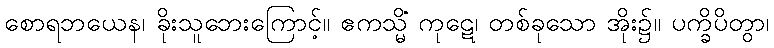
စောရဘယေန၊ ခိုးသူဘေးကြောင့်။ ဧကသ္မိံ ကုဋေ၊ တစ်ခုသော အိုး၌။ ပက္ခိပိတွာ၊